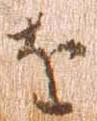
を